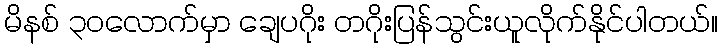
မိနစ် ၃၀လောက်မှာ ချေပဂိုး တဂိုးပြန်သွင်းယူလိုက်နိုင်ပါတယ်။